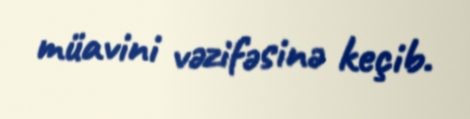
müavini vəzifəsinə keçib.